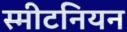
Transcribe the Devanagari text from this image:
स्मीटनियन